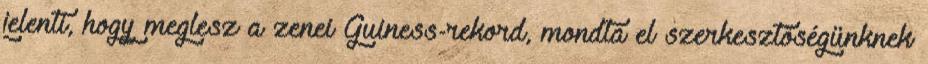
jelenti, hogy meglesz a zenei Guiness-rekord, mondta el szerkesztőségünknek